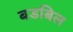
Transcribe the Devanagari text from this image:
बडबिल